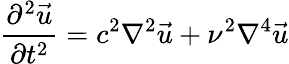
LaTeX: {\frac{\partial^{2}{\vec{u}}}{\partial t^{2}}}=c^{2}{\nabla^{2}}{\vec{u}}+\nu^{2}{\nabla^{4}}{\vec{u}}